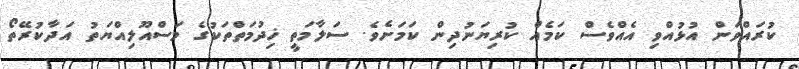
ކުރައްވަން އުޅުއްވި އެއްވެސް ކަމެއް ކުރިޔަނުދިން ކަމަށެވެ. ސަލާމަތީ ޚިދުމަތްތަކުގެ މަސްއޫލިއްޔަތު އަދާކުރޭތޯ